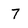
Character: 7